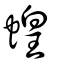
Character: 蝗